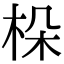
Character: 𣑫